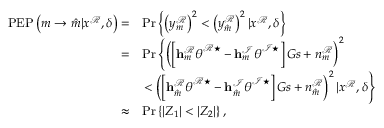
\begin{array} { r l } { \mathrm { P E P } \left( m \rightarrow \hat { m } | x ^ { \mathcal { R } } , \delta \right) = } & { \operatorname* { P r } \left\{ \left( y _ { m } ^ { \mathcal { R } } \right) ^ { 2 } < \left( y _ { \hat { m } } ^ { \mathcal { R } } \right) ^ { 2 } | x ^ { \mathcal { R } } , \delta \right\} } \\ { = } & { \operatorname* { P r } \left\{ \left( \left[ \mathbf { h } _ { m } ^ { \mathcal { R } } \boldsymbol { \theta } ^ { \mathcal { R } \star } - \mathbf { h } _ { m } ^ { \mathcal { I } } \boldsymbol { \theta } ^ { \mathcal { I } \star } \right] G s + n _ { m } ^ { \mathcal { R } } \right) ^ { 2 } \right. } \\ & { \left. < \left( \left[ \mathbf { h } _ { \hat { m } } ^ { \mathcal { R } } \boldsymbol { \theta } ^ { \mathcal { R } \star } - \mathbf { h } _ { \hat { m } } ^ { \mathcal { I } } \boldsymbol { \theta } ^ { \mathcal { I } \star } \right] G s + n _ { \hat { m } } ^ { \mathcal { R } } \right) ^ { 2 } | x ^ { \mathcal { R } } , \delta \right\} } \\ { \approx } & { \operatorname* { P r } \left\{ \left| Z _ { 1 } \right| < \left| Z _ { 2 } \right| \right\} , } \end{array}